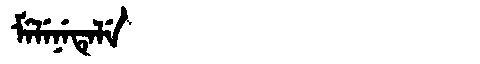
Manchu: ᠮᡝᠯᡝᠨᡝᡨᡝᠯᡝ
Romanization: MELENETELE